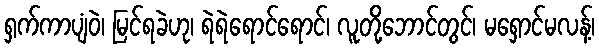
ရှက်ကာပျံဝဲ၊ မြင်ရခဲဟု၊ ရဲရဲရောင်ရောင်၊ လူတို့ဘောင်တွင်၊ မရှောင်မလန့်၊